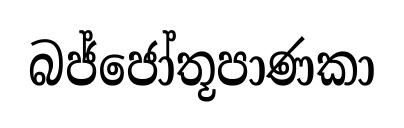
බජ්ජෝතූපාණකා